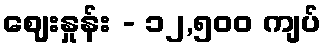
ဈေးနှုန်း - ၁၂,၅၀၀ ကျပ်